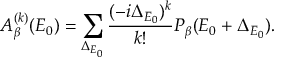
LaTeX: A _ { \beta } ^ { ( k ) } ( E _ { 0 } ) = \sum _ { \Delta _ { E _ { 0 } } } \frac { ( - i \Delta _ { E _ { 0 } } ) ^ { k } } { k ! } P _ { \beta } ( E _ { 0 } + \Delta _ { E _ { 0 } } ) .